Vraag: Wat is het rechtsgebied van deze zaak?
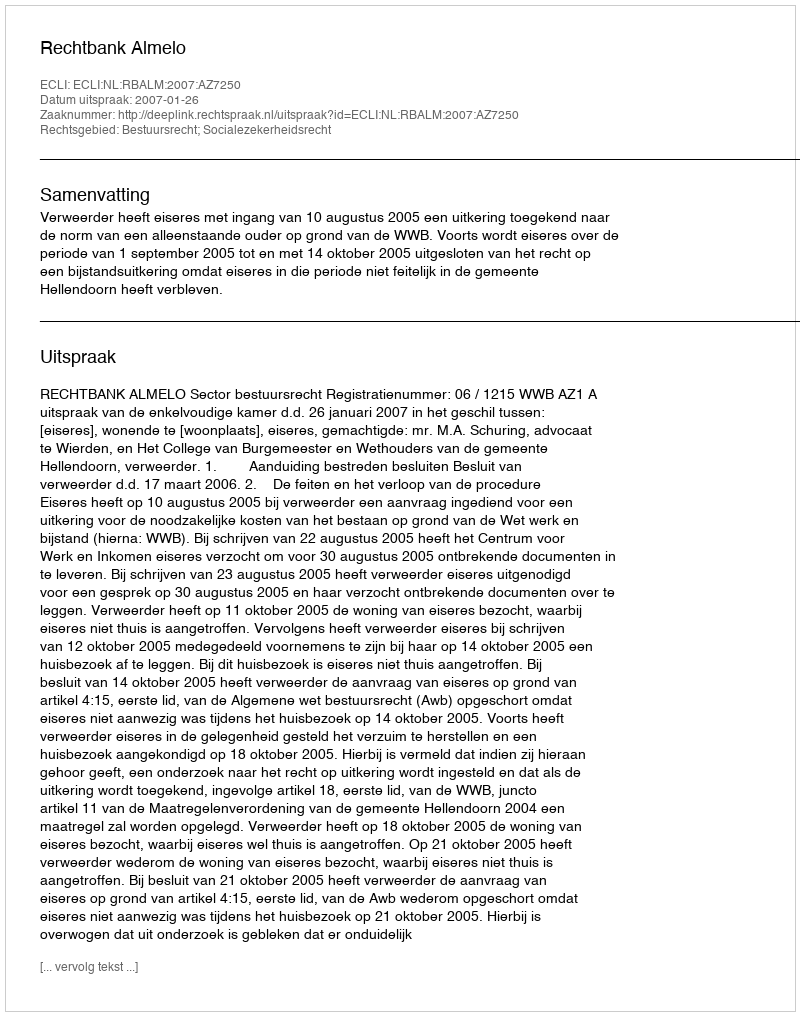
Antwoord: Bestuursrecht; Socialezekerheidsrecht